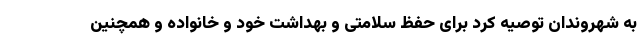
به شهروندان توصیه کرد برای حفظ سلامتی و بهداشت خود و خانواده و همچنین